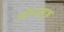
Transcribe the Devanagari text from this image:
ऑस्नाब्रूक